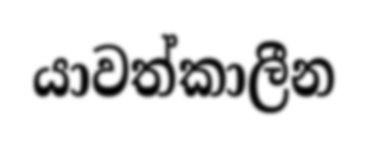
යාවත්කාලීන